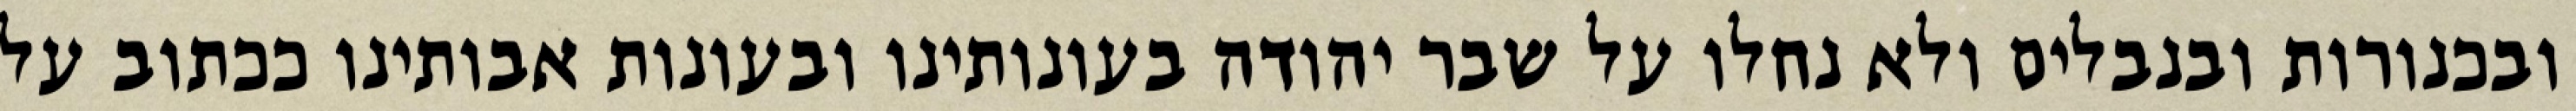
ובכנורות ובנבלים ולא נחלו על שבר יהודה בעונותינו ובעונות אבותינו ככתוב על